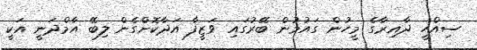
ސިއްހީ ދާއިރާގެ މީހުން ގައުމުން ބޭރުގައި ވަޒީފާ އަދާކޮށްގެން ލިބޭ އާމްދަނީ އަކީ